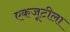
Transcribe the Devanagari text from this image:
एकजूटीला